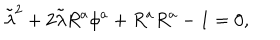
\tilde { \lambda } ^ { 2 } + 2 \tilde { \lambda } R ^ { a } \phi ^ { a } + R ^ { a } R ^ { a } - 1 = 0 ,